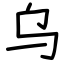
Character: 乌